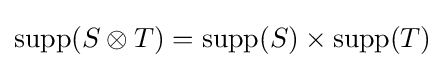
\operatorname {supp} (S\otimes T)=\operatorname {supp} (S)\times \operatorname {supp} (T)